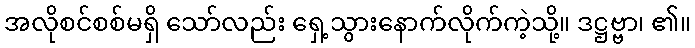
အလိုစင်စစ်မရှိ သော်လည်း ရှေ့သွားနောက်လိုက်ကဲ့သို့။ ဒဋ္ဌဗ္ဗာ၊ ၏။